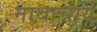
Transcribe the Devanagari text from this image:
नाथाचार्य